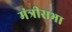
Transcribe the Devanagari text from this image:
मंत्रीसभा